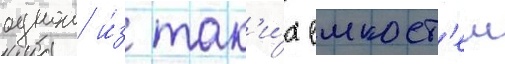
однои и́з так'и́х емкост'еи